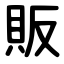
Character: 販